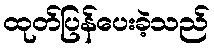
ထုတ်ပြန်ပေးခဲ့သည်